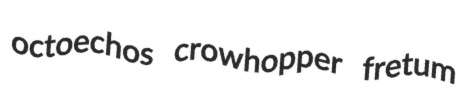
octoechos crowhopper fretum